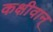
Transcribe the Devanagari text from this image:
कक्षीवान्